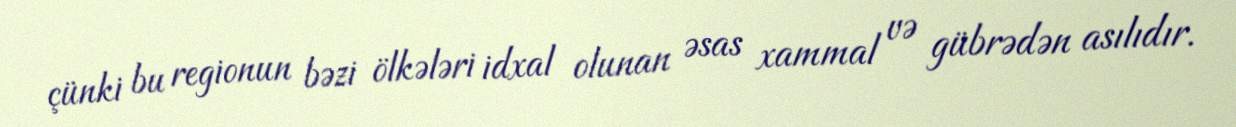
çünki bu regionun bəzi ölkələri idxal olunan əsas xammal və gübrədən asılıdır.